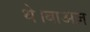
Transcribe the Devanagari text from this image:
थे।बाअज़